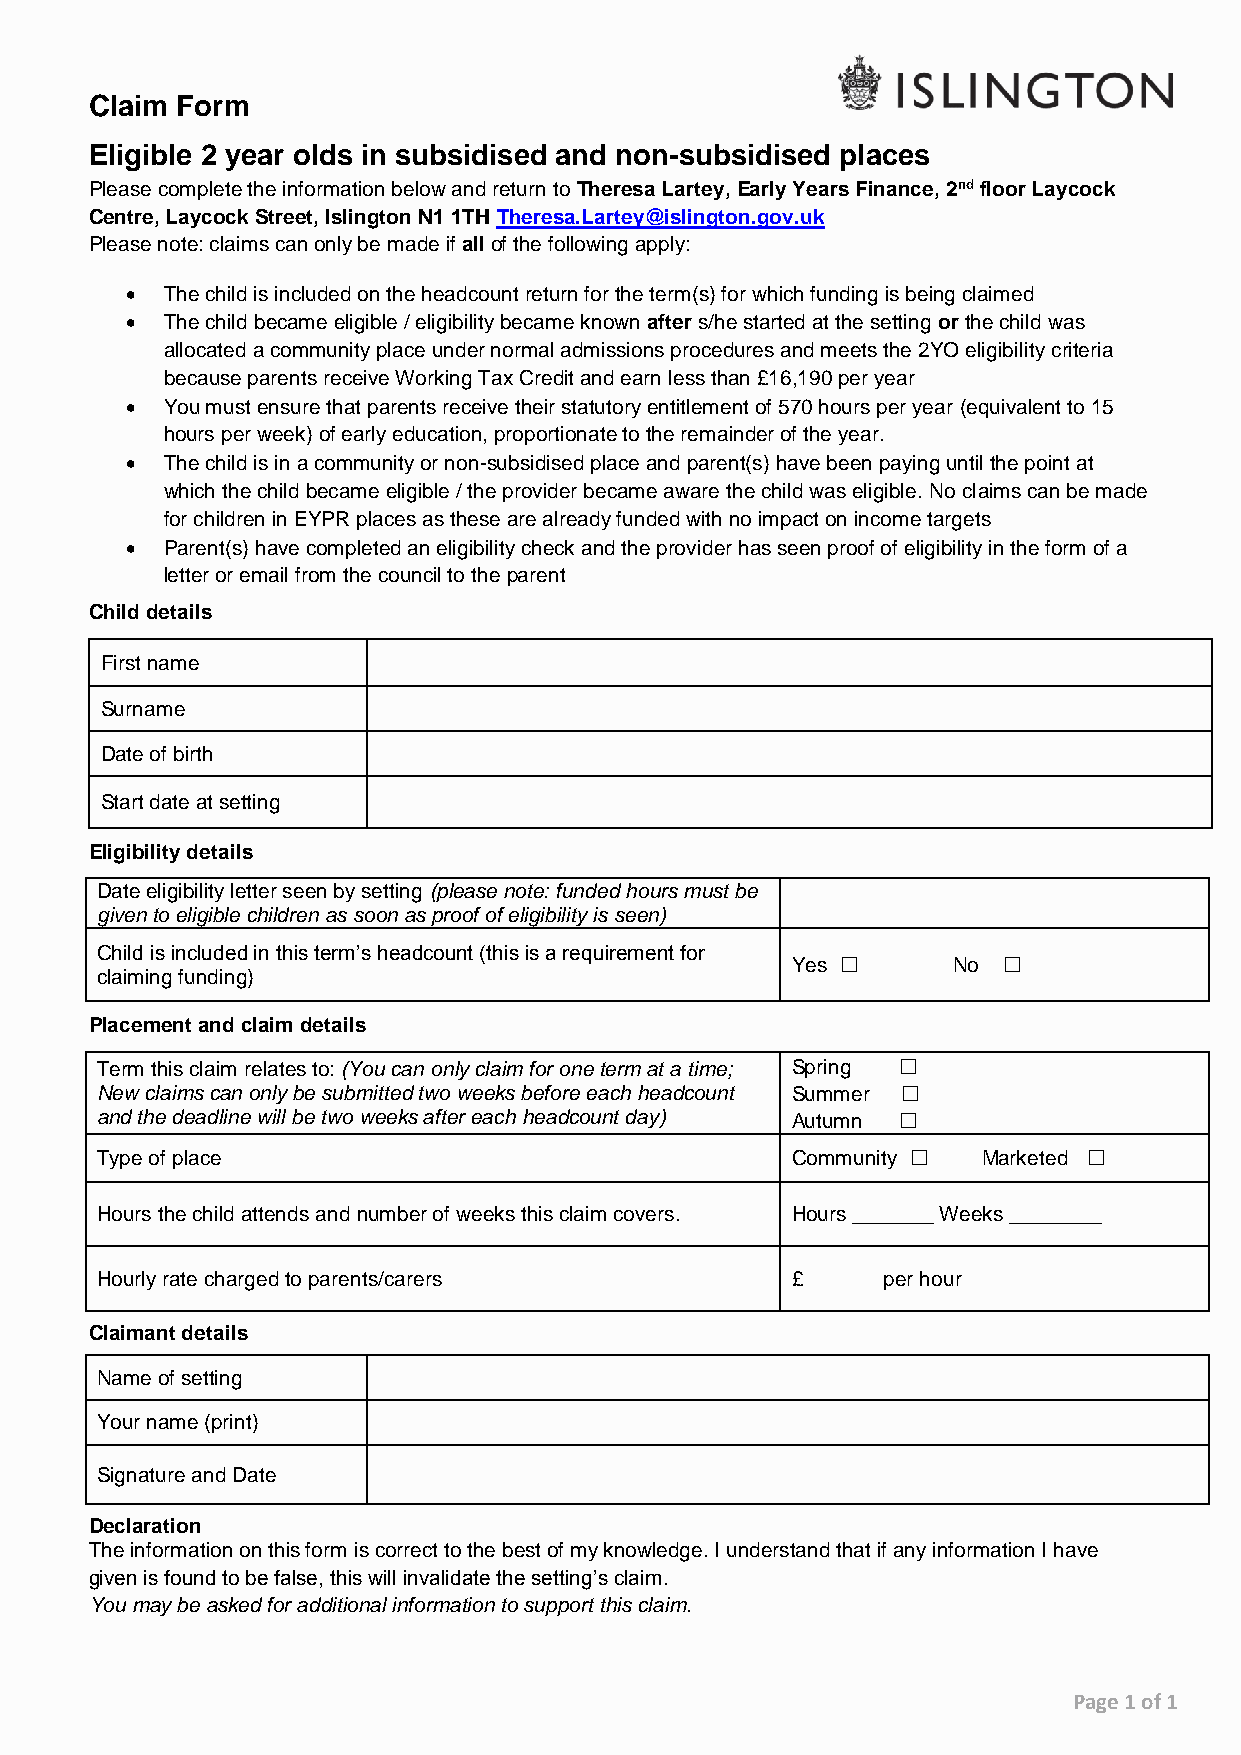
Claim Form
 Eligible 2 year olds in subsidised and non-subsidised places
 Please complete the information below and return to Theresa Lartey, Early Years Finance, 2nd floor Laycock
 Centre, Laycock Street, Islington N1 1TH Theresa.Lartey@islington.gov.uk
 Please note: claims can only be made if all of the following apply:
   The child is included on the headcount return for the term(s) for which funding is being claimed
   The child became eligible / eligibility became known after s/he started at the setting or the child was
 allocated a community place under normal admissions procedures and meets the 2YO eligibility criteria
 because parents receive Working Tax Credit and earn less than £16,190 per year
   You must ensure that parents receive their statutory entitlement of 570 hours per year (equivalent to 15
 hours per week) of early education, proportionate to the remainder of the year.
   The child is in a community or non-subsidised place and parent(s) have been paying until the point at
 which the child became eligible / the provider became aware the child was eligible. No claims can be made
 for children in EYPR places as these are already funded with no impact on income targets
   Parent(s) have completed an eligibility check and the provider has seen proof of eligibility in the form of a
 letter or email from the council to the parent
 Child details
 First name
 Surname
 Date of birth
 Start date at setting
 Eligibility details
 Date eligibility letter seen by setting (please note: funded hours must be
 given to eligible children as soon as proof of eligibility is seen)
 Child is included in this term’s headcount (this is a requirement for
 Yes ☐      No ☐
 claiming funding)
 Placement and claim details
 Term this claim relates to: (You can only claim for one term at a time; Spring ☐
 New claims can only be submitted two weeks before each headcount Summer ☐
 and the deadline will be two weeks after each headcount day) Autumn ☐
 Type of place                                 Community ☐  Marketed ☐
 Hours the child attends and number of weeks this claim covers. Hours _______ Weeks ________
 Hourly rate charged to parents/carers         £     per hour
 Claimant details
 Name of setting
 Your name (print)
 Signature and Date
 Declaration
 The information on this form is correct to the best of my knowledge. I understand that if any information I have
 given is found to be false, this will invalidate the setting’s claim.
 You may be asked for additional information to support this claim.
 Page 1 of 1